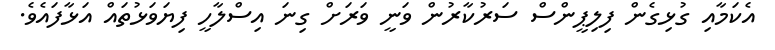
އެކަމާއި ގުޅިގެން ފިލިޕީންސް ސަރުކާރުން ވަނީ ވަރަށް ގިނަ އިސްލާހީ ފިޔަވަޅުތައް އަޅާފައެވެ.